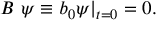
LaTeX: B \ \psi \equiv b _ { 0 } \psi \vert _ { t = 0 } = 0 .